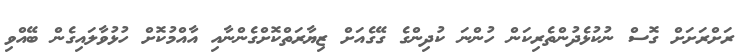
ރަށްރަށަށް ގޮސް ނުކުޅެދުންތެރިކަން ހުންނަ ކުދިންގެ ގޭގެއަށް ޒިޔާރަތްކޮށްގެންނާއި އާއްމުކޮށް ހުޅުވާލައިގެން ބޭއްވި